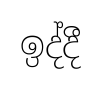
ඉද්දී